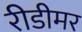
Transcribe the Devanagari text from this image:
रीडीमर